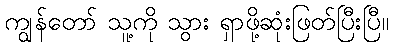
ကျွန်တော် သူ့ကို သွား ရှာဖို့ဆုံးဖြတ်ပြီးပြီ။